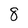
Character: 8